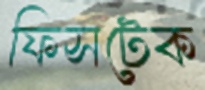
ফিসটেক